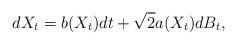
LaTeX: \begin{align*} dX_t=b(X_t)dt+\sqrt{2}a(X_t)dB_t, \end{align*}